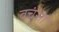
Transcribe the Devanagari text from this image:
वचंसा